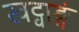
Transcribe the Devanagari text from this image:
खट्वाङ्गं